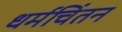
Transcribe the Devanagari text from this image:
धर्मचिंतन